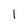
Character: l